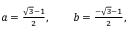
\begin{array} { r } { a = \frac { \sqrt { 3 } - 1 } { 2 } , \qquad b = \frac { - \sqrt { 3 } - 1 } { 2 } , } \end{array}